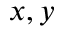
x , y